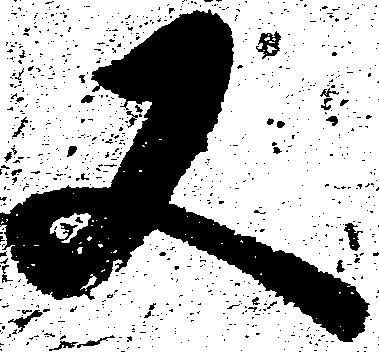
又